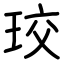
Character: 珓